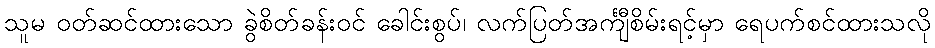
သူမ ဝတ်ဆင်ထားသော ခွဲစိတ်ခန်းဝင် ခေါင်းစွပ်၊ လက်ပြတ်အင်္ကျီစိမ်းရင့်မှာ ရေပက်စင်ထားသလို